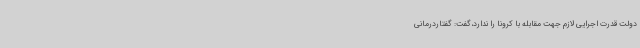
دولت قدرت اجرایی لازم جهت مقابله با کرونا را ندارد،گفت: گفتاردرمانی